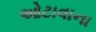
ઓટાવાના